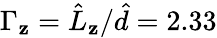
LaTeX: \Gamma_{\mathbf{z}}=\hat{{L}}_{\mathbf{z}}/\hat{{d}}=2.33